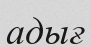
адығ